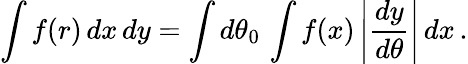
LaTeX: \int f(r)\, dx\, dy=\int d\theta_{0}\, \int f(x)\left|{\frac{dy}{d\theta}}\right|\, dx\, .